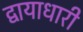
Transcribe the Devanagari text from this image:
द्वायाधारी